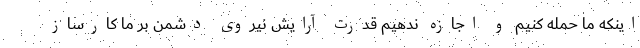
اینکه ما حمله کنیم و اجازه ندهیم قدرت آرایش نیروی دشمن بر ما کارساز